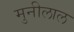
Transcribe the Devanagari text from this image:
मुनीलाल